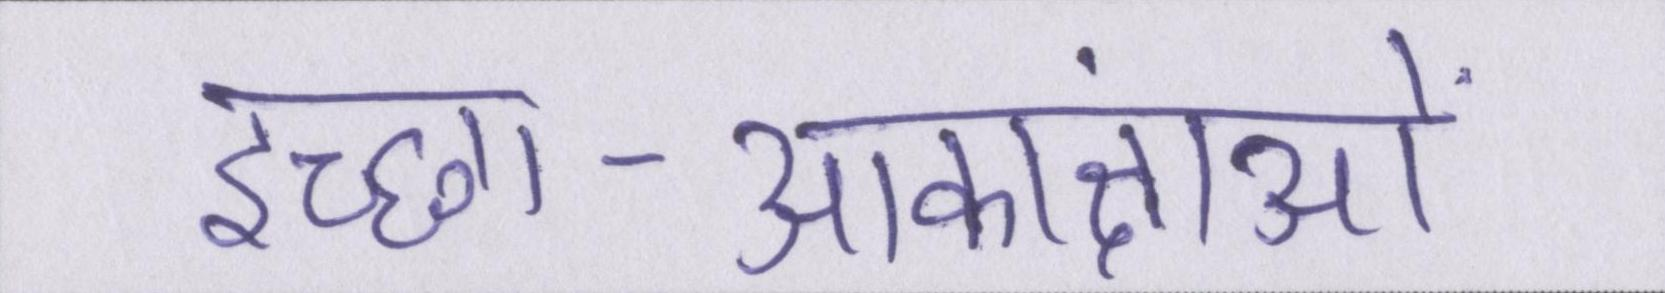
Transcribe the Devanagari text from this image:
इच्छा-आकांक्षाओं